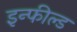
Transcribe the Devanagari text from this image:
इन्फील्ड